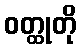
ဝတ္ထုတို